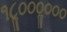
૧૮ૢ૦૦૦ૢ૦૦૦